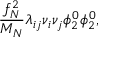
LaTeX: { \frac { f _ { N } ^ { 2 } } { M _ { N } } } \lambda _ { i j } \nu _ { i } \nu _ { j } \phi _ { 2 } ^ { 0 } \phi _ { 2 } ^ { 0 } ,